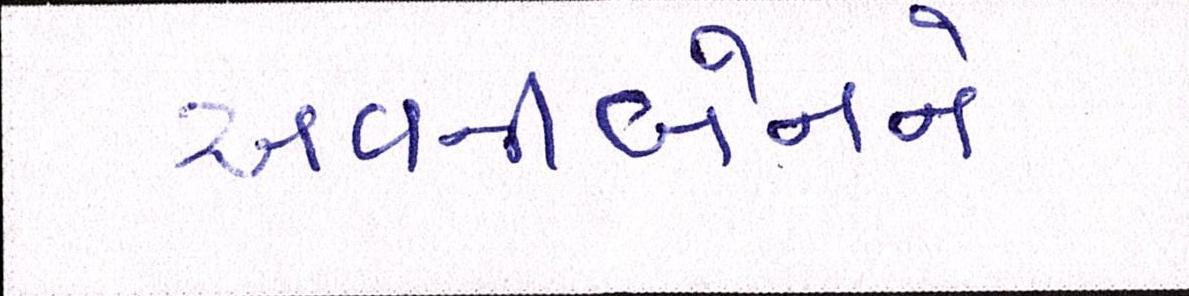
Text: અવનીબેનને